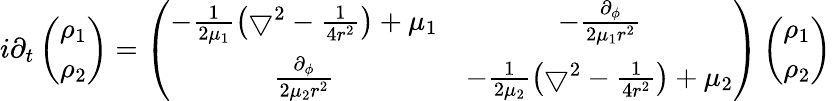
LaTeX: i\partial_{t}\left(\begin{array}{c}{{\rho_{1}}}\\ {{\rho_{2}}}\end{array}\right)=\left(\begin{array}{cc}{{-\frac{1}{2\mu_{1}}\left(\bigtriangledown^{2}-\frac{1}{4r^{2}}\right)+\mu_{1}}}&{{-\frac{\partial_{\phi}}{2\mu_{1}r^{2}}}}\\ {{\frac{\partial_{\phi}}{2\mu_{2}r^{2}}}}&{{-\frac{1}{2\mu_{2}}\left(\bigtriangledown^{2}-\frac{1}{4r^{2}}\right)+\mu_{2}}}\end{array}\right)\left(\begin{array}{c}{{\rho_{1}}}\\ {{\rho_{2}}}\end{array}\right)